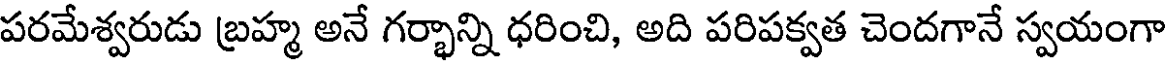
పరమేశ్వరుడు బ్రహ్మ అనే గర్భాన్ని ధరించి, అది పరిపక్వత చెందగానే స్వయంగా